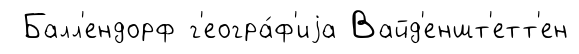
Балл'ендорф г'еогра́ф'иjа Вайд'еншт'етт'ен